Lunatic asylums Central Provinces reports 1874-1885 - 1874-1885
Year: 1874
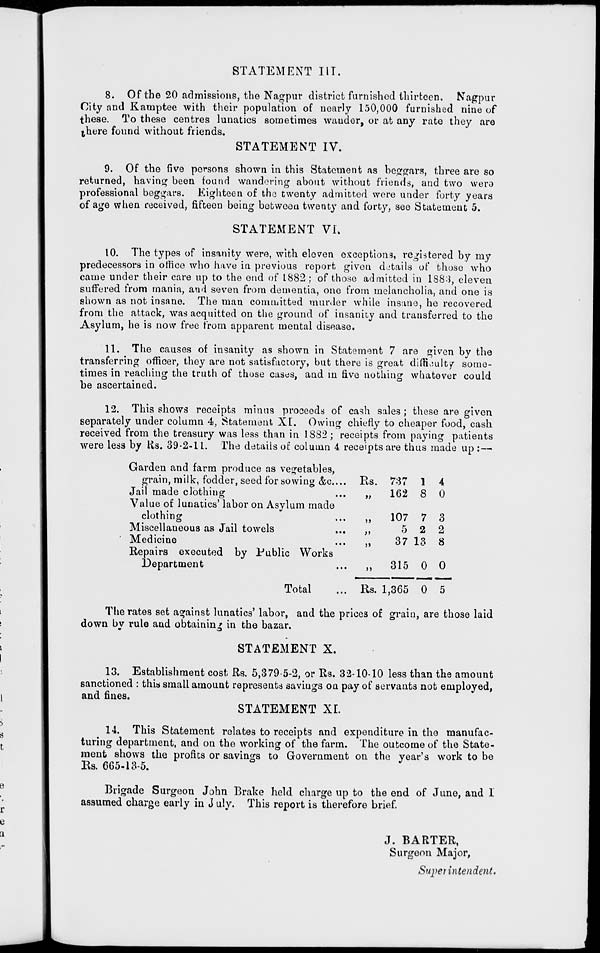
STATEMENT III.
8. Of the 20 admissions, the Nagpur district furnished thirteen. Nagpur
City and Kamptee with their population of nearly 150,000 furnished nine of
these. To these centres lunatics sometimes wander, or at any rate they are
there found without friends.
STATEMENT IV.
9. Of the five persons shown in this Statement as beggars, three are so
returned, having been found wandering about without friends, and two were
professional beggars. Eighteen of the twenty admitted were under forty years
of age when received, fifteen being between twenty and forty, see Statement 5.
STATEMENT VI.
10. The types of insanity were, with eleven exceptions, registered by my
predecessors in office who have in previous report given details of those who
came under their care up to the end of 1882 ; of those admitted in 1883, eleven
suffered from mania, and seven from dementia, one from melancholia, and one is
shown as not insane. The man committed murder while insane, he recovered
from the attack, was acquitted on the ground of insanity and transferred to the
Asylum, he is now free from apparent mental disease.
11. The causes of insanity as shown in Statement 7 are given by the
transferring officer, they are not satisfactory, but there is great difficulty some-
times in reaching the truth of those cases, and in five nothing whatever could
be ascertained.
12. This shows receipts minus proceeds of cash sales; these are given
separately under column 4, Statement XI. Owing chiefly to cheaper food, cash
received from the treasury was less than in 1882; receipts from paying patients
were less by Rs. 39-2-11. The details of column 4 receipts are thus made up :–
Garden and farm produce as vegetables,
grain, milk, fodder, seed for sowing &c. ...
Jail made clothing ...
Value of lunatics' labor on Asylum made
clothing ...
Miscellaneous as Jail towels ...
Medicine ...
Repairs executed by Public Works
Department ...
Total ...
Rs.
„
„
„
„
„
Rs.
737
162
107
5
37
315
1,365
1
8
7
2
13
0
0
4
0
3
2
8
0
5
The rates set against lunatics' labor, and the prices of grain, are those laid
down by rule and obtaining in the bazar.
STATEMENT X.
13. Establishment cost Rs. 5,379-5-2, or Rs. 32-10-10 less than the amount
sanctioned : this small amount represents savings on pay of servants not employed,
and fines.
STATEMENT XI.
14. This Statement relates to receipts and expenditure in the manufac-
turing department, and on the working of the farm. The outcome of the State-
ment shows the profits or savings to Government on the year's work to be
Rs. 665-13-5.
Brigade Surgeon John Brake held charge up to the end of June, and 1
assumed charge early in July.This report is therefore brief.
J. BARTER,
Surgeon Major,
Superintendent.